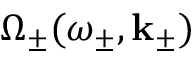
\Omega _ { \pm } ( \omega _ { \pm } , \mathbf { k } _ { \pm } )